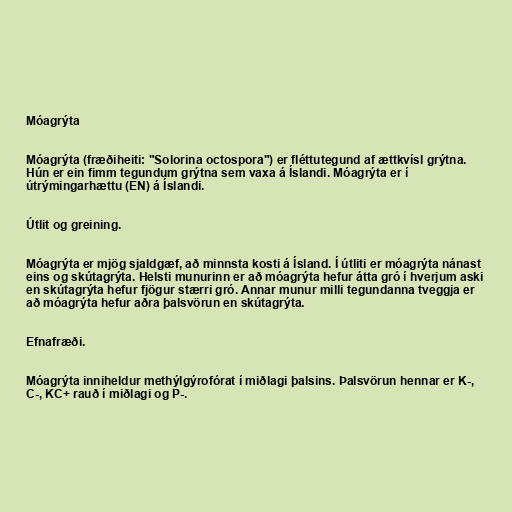
Móagrýta

Móagrýta (fræðiheiti: "Solorina octospora") er fléttutegund af ættkvísl grýtna.
Hún er ein fimm tegundum grýtna sem vaxa á Íslandi. Móagrýta er í
útrýmingarhættu (EN) á Íslandi.

Útlit og greining.

Móagrýta er mjög sjaldgæf, að minnsta kosti á Ísland. Í útliti er móagrýta nánast
eins og skútagrýta. Helsti munurinn er að móagrýta hefur átta gró í hverjum aski
en skútagrýta hefur fjögur stærri gró. Annar munur milli tegundanna tveggja er
að móagrýta hefur aðra þalsvörun en skútagrýta.

Efnafræði.

Móagrýta inniheldur methýlgýrofórat í miðlagi þalsins. Þalsvörun hennar er K-,
C-, KC+ rauð í miðlagi og P-.